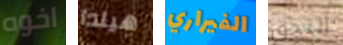
اخوه هيلدا الفيراري ألتحق